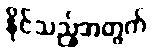
နိုင်သည့်အတွက်